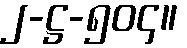
၂-ဋ္ဌ-၅၀၄။